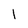
Character: 1